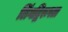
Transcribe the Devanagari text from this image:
लिंगद्विरूपता